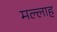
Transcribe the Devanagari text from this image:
मल्‍लाह